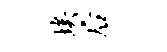
埃後